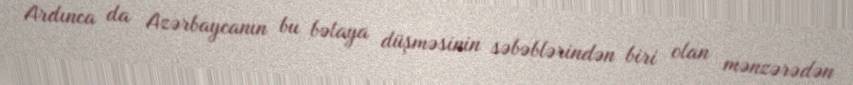
Ardınca da Azərbaycanın bu bəlaya düşməsinin səbəblərindən biri olan mənzərədən